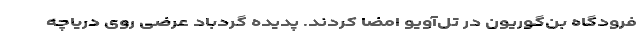
فرودگاه بن‌گوریون در تل‌آویو امضا کردند. پدیده گردباد عرضی روی دریاچه